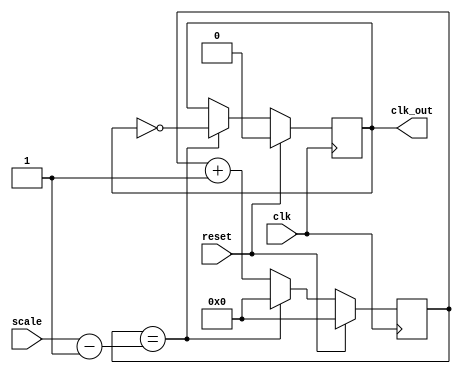
// Clock Divider
// ============================================================================
// Divides the onboard 100MHz clock down to a slower clock speed. Useful for
// ensuring a stable connection with the rover. Works similarly to PWM; uses a
// counter and a comparator. Main difference is that the counter resets after
// it's reached the scale.
// ============================================================================
// (Adapted from https://reference.digilentinc.com/learn/programmable-logic/tutorials/counter-and-clock-divider/start)
module clk_div(
	input clk,
	input reset,
	input [31:0] scale,
	output reg clk_out = 0
    );

	// f = (100 MHz)/(4*scale)
     // scale = 1000 --> f = 25 kHz
	reg [15:0] count = 16'b0;
	always @(posedge clk)
          if (reset) begin
               count <= 16'b0;
               clk_out <= 1'b0;
          end else if (count == scale - 1) begin
               count <= 16'b0;
               clk_out <= ~clk_out;
          end else begin
               count <= count + 1;
               clk_out <= clk_out;
          end

endmodule